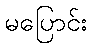
မပြောင်း